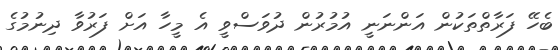
ބެހޭ ފަރާތްތަކުން އަންނަނީ އުމުރުން ދުވަސްވީ އެ މީހާ އަށް ފަރުވާ ދިނުމުގެ